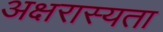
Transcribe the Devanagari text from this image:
अक्षरास्यता